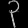
Digit: ၃